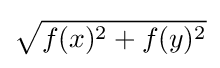
{\sqrt {f(x)^{2}+f(y)^{2}}}